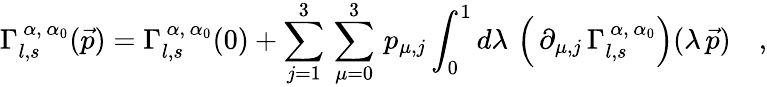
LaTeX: \Gamma_{l,s}^{\, \alpha,\, \alpha_{0}}(\vec{p})=\Gamma_{l,s}^{\, \alpha,\, \alpha_{0}}(0)+\sum_{j=1}^{3}\, \sum_{\mu=0}^{3}\, p_{\mu,j}\int_{0}^{1}d\lambda\, \left(\, \partial_{\mu,j}\, \Gamma_{l,s}^{\, \alpha,\, \alpha_{0}}\right)(\lambda\, \vec{p})\quad,